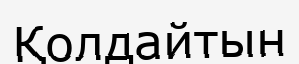
Қолдайтын